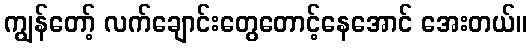
ကျွန်တော့် လက်ချောင်းတွေတောင့်နေအောင် အေးတယ်။